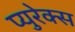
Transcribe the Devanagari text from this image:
प्युरेक्स